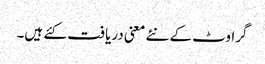
گراوٹ کے نئے معنی دریافت کئے ہیں۔